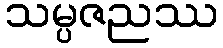
သမ္ပဇညဿ